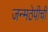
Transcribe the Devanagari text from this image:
जन्मठेपीची